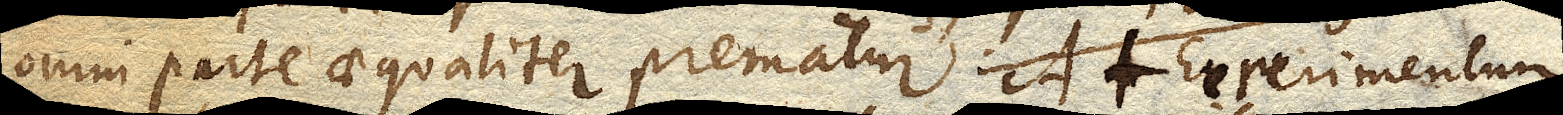
omni parte aequaliter prematur. At Experimentum